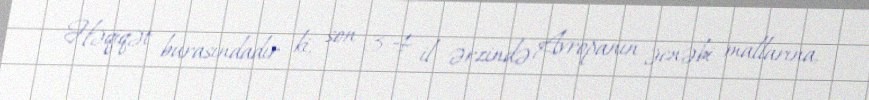
Həqiqət burasındadır ki, son 3-4 il ərzində Avropanın əcnəbi mallarına,